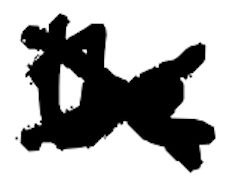
Text: the
Cross-out: mix
Writing tool: digital_black